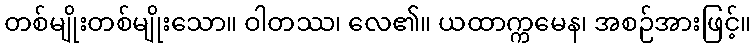
တစ်မျိုးတစ်မျိုးသော။ ဝါတဿ၊ လေ၏။ ယထာက္ကမေန၊ အစဉ်အားဖြင့်။